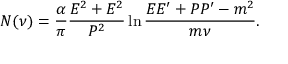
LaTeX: N ( \nu ) = \frac { \alpha } { \pi } \frac { E ^ { 2 } + E ^ { 2 } } { P ^ { 2 } } \ln \frac { E E ^ { \prime } + P P ^ { \prime } - m ^ { 2 } } { m \nu } .